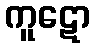
ကူဋော